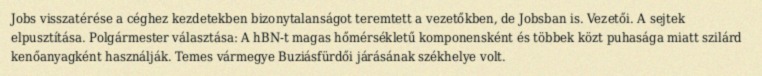
Jobs visszatérése a céghez kezdetekben bizonytalanságot teremtett a vezetőkben, de Jobsban is. Vezetői. A sejtek elpusztítása. Polgármester választása: A hBN-t magas hőmérsékletű komponensként és többek közt puhasága miatt szilárd kenőanyagként használják. Temes vármegye Buziásfürdői járásának székhelye volt.